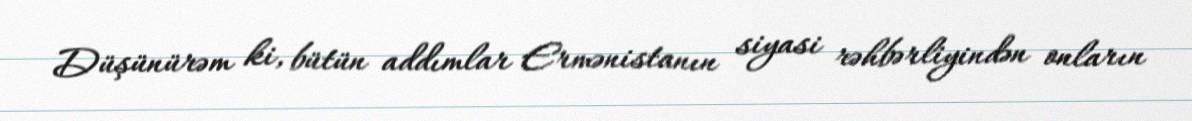
Düşünürəm ki, bütün addımlar Ermənistanın siyasi rəhbərliyindən onların